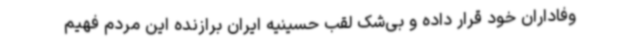
وفاداران خود قرار داده و بی‌شک لقب حسینیه ایران برازنده این مردم فهیم